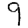
Digit: 9